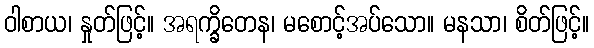
ဝါစာယ၊ နှုတ်ဖြင့်။ အရက္ခိတေန၊ မစောင့်အပ်သော။ မနသာ၊ စိတ်ဖြင့်။